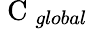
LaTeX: \mathrm{~C~}_{global}